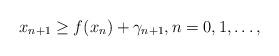
LaTeX: \begin{align*}x_{n+1}\ge f(x_n)+\gamma_{n+1}, n=0,1, \dots,\end{align*}